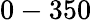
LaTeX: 0-350